Scottish Leaving Certificate Examination, 1952
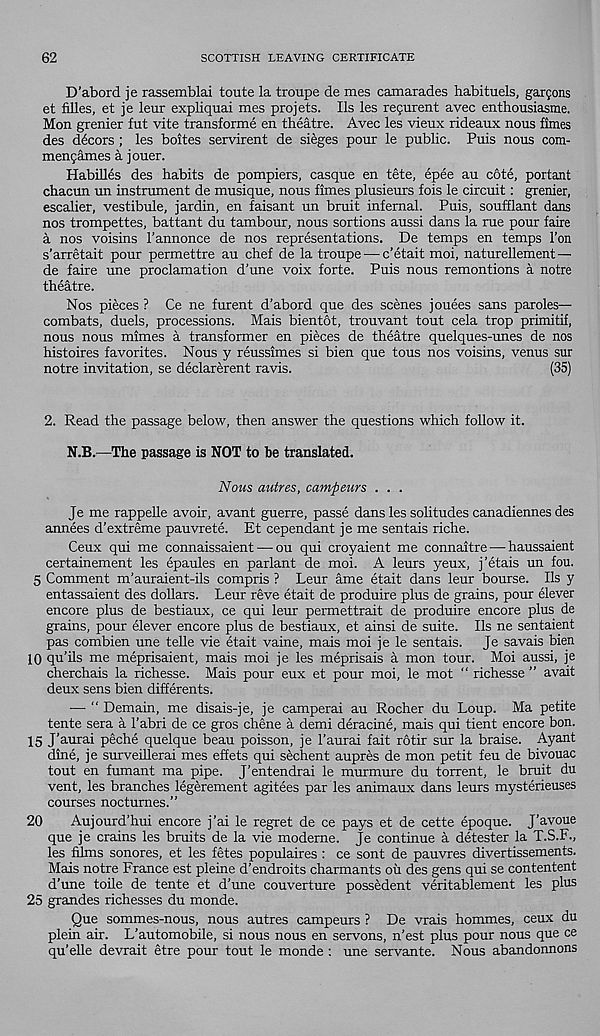
62
SCOTTISH LEAVING CERTIFICATE
D’abord je rassemblai toute la troupe de mes camarades habituels, gargons
et filles, et je leur expliquai rues projets. Ils les regurent avec enthousiasme.
Mon grenier fut vite transforme en theatre. Avec les vieux rideaux nous fimes
des decors ; les boites servirent de sieges pour le public. Puis nous com-
mengames a jouer.
Habilles des habits de pompiers, casque en tete, epee au c6te, portant
chacun un instrument de musique, nous fimes plusieurs fois le circuit: grenier,
escalier, vestibule, jardin, en faisant un bruit infernal. Puis, soufflant dans
nos trompettes, battant du tambour, nous sortions aussi dans la rue pour faire
a nos voisins I'annonce de nos representations. De temps en temps Ton
s’arretait pour permettre au chef de la troupe'—-c’etait moi, naturellement—
de faire une proclamation d’une voix forte. Puis nous remontions a notre
theatre.
Nos pieces ? Ce ne furent d’abord que des scenes jouees sans paroles—
combats, duels, processions. Mais bientot, trouvant tout cela trop primitif,
nous nous mimes a transformer en pieces de theatre quelques-unes de nos
histoires favorites. Nous y reussimes si bien que tous nos voisins, venus sur
notre invitation, se declarerent ravis.
(35)
2. Read the passage below, then answer the questions which follow it.
N.B.—The passage is NOT to be translated.
Nous autres, camfteurs . . .
Je me rappelle avoir, avant guerre, passe dans les solitudes canadiennes des
annees d’extreme pauvrete. Et cependant je me sentais riche.
Ceux qui me connaissaient — ou qui croyaient me connaitre — haussaient
certainement les epaules en parlant de moi. A leurs yeux, j’etais un fou.
5 Comment m’auraient-ils compris ? Leur ame etait dans leur bourse. Ils y
entassaient des dollars. Leur reve etait de produire plus de grains, pour elever
encore plus de bestiaux, ce qui leur permettrait de produire encore plus de
grains, pour elever encore plus de bestiaux, et ainsi de suite. Ils ne sentaient
pas combien une telle vie etait vaine, mais moi je le sentais. Je savais bien
10 qu’ils me meprisaient, mais moi je les meprisais a mon tour. Moi aussi, je
cherchais la richesse. Mais pour eux et pour moi, le mot “ richesse ” avait
deux sens bien differents.
— “ Demain, me disais-je, je camperai au Rocher du Loup. Ma petite
tente sera a I’abri de ce gros chene a demi deracine, mais qui tient encore bon.
15 J’aurai peche quelque beau poisson, je I’aurai fait rotir sur la braise. Ayant
dine, je surveillerai mes effets qui sechent aupres de mon petit feu de bivouac
tout en fumant ma pipe. J’entendrai le murmure du torrent, le bruit du
vent, les branches legerement agitees par les animaux dans leurs mysterieuses
courses nocturnes.”
20
Aujourd’hui encore j’ai le regret de ce pays et de cette epoque. J’avoue
que je crains les bruits de la vie modeme. Je continue a detester la T.S.F.,
les films sonores, et les fetes populaires : ce sont de pauvres divertissements.
Mais notre France est pleine d’endroits charmants oil des gens qui se contentent
d’une toile de tente et d’une couverture possedent veritablement les plus
25 grandes richesses du monde.
Que sommes-nous, nous autres campeurs ? De vrais hommes, ceux du
plein air. L’automobile, si nous nous en servons, n’est plus pour nous que ce
qu’elle devrait etre pour tout le monde : une servante. Nous abandonnons